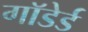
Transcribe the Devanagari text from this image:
गाॅडेर्ड